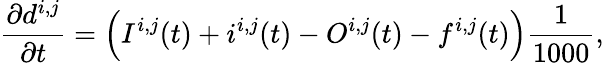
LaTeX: \frac{\partial d^{i,j}}{\partial t}=\Bigl(I^{i,j}(t)+i^{i,j}(t)-O^{i,j}(t)-f^{i,j}(t)\Bigr)\frac{1}{1000},